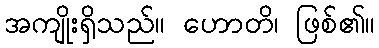
အကျိုးရှိသည်။ ဟောတိ၊ ဖြစ်၏။